Epidemic dropsy in Calcutta - Number 45
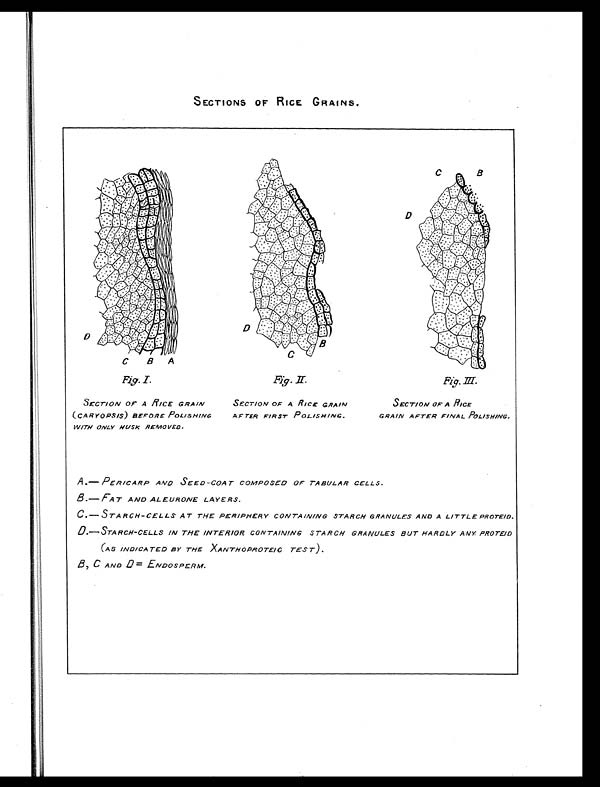
SECTIONS OF RICE GRAINS.
Fig. I.
SECTION OF A RICE GRAIN
(CARYOPSIS) BEFORE POLISHING
WITH ONLY HUSK REMOVED.
Fig.II.
SECTION OF A RICE GRAIN
AFTER FIRST POLISHING.
Fig.III.
SECTION OF A RICE
GRAIN AFTER FINAL POLISHING.
A.—PERICARP AND SEED-COAT COMPOSED OF TABULAR CELLS.
B.—FAT AND ALEURONE LAYERS.
C.— STARCH-CELLS AT THE PERIPHERY CONTAINING STARCH GRANULES AND A LITTLE PROTEID.
D.—STARCH-CELLS IN THE INTERIOR CONTAINING STARCH GRANULES BUT HARDLY ANY PROTEID
(AS INDICATED BY THE XANTHOPROTEIC TEST).
B. C AND D= ENDOSPERM.